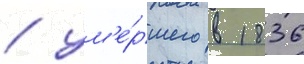
/ ум'е́ршего в 1836